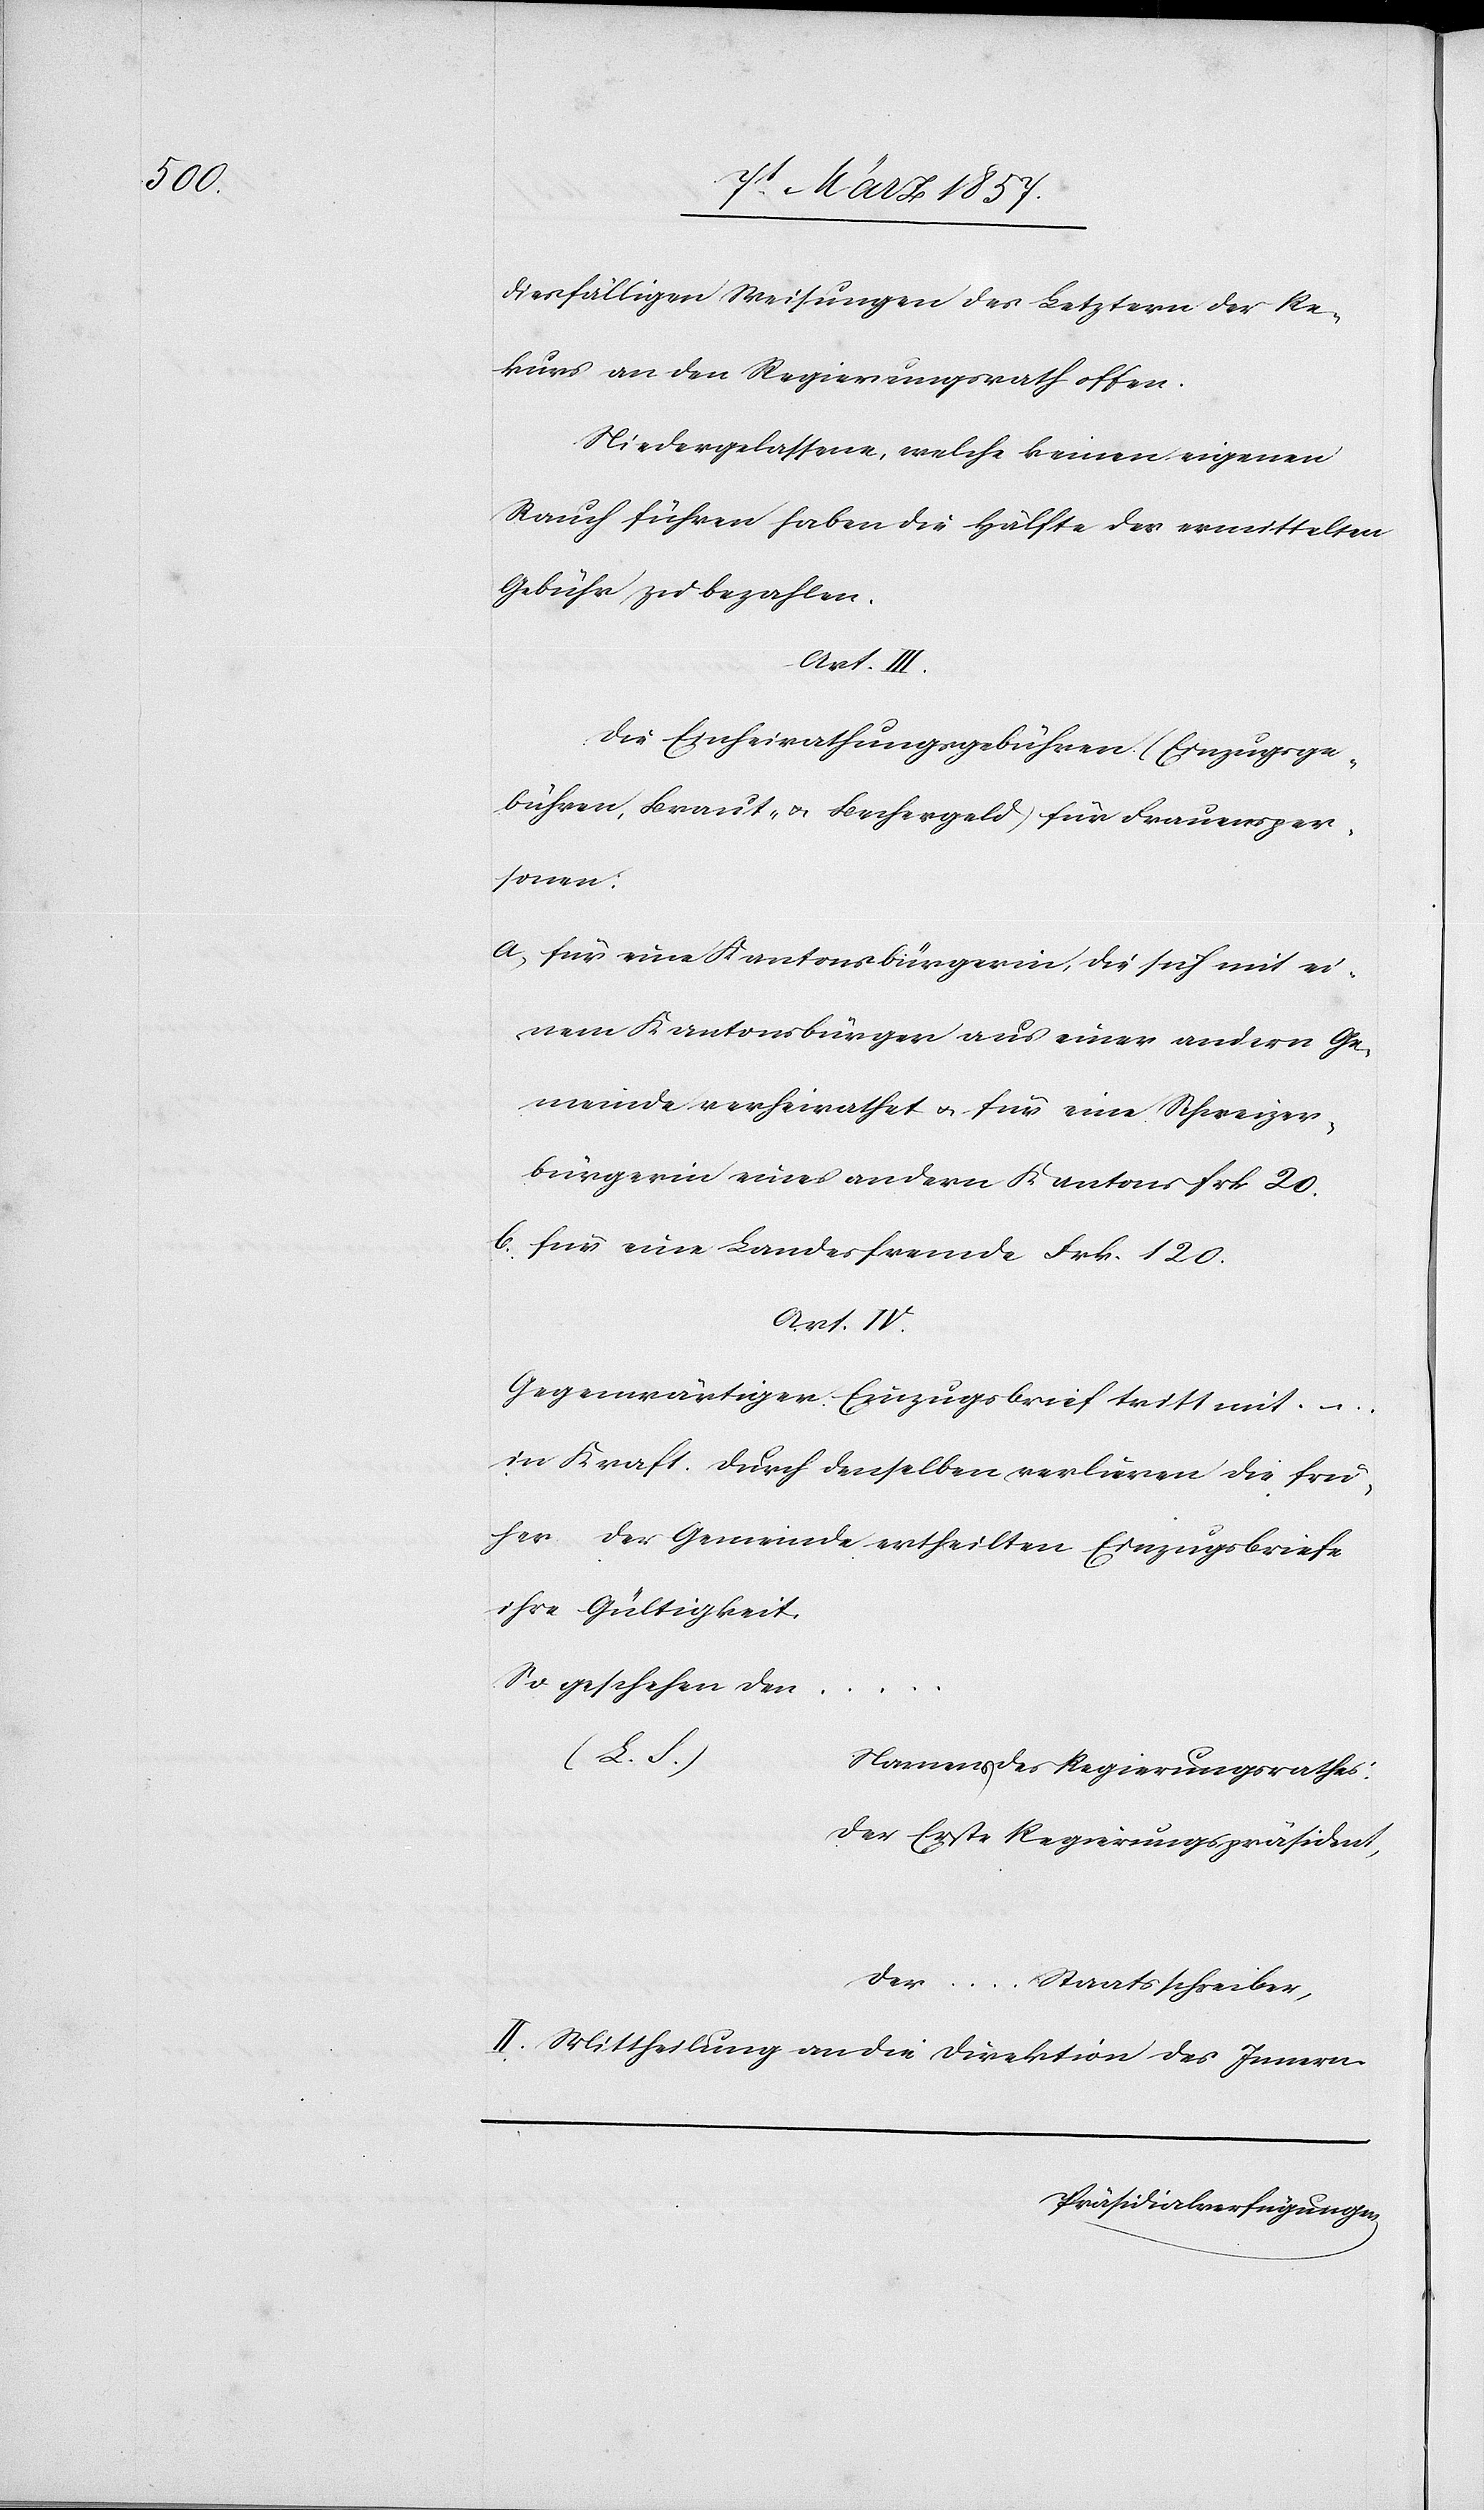
diesfälligen Weisungen des Letztern der Re¬
kurs an den Regierungsrath offen.
Niedergelassene, welche keinen eigenen
Rauch führen haben die Hälfte der ermittelten
Gebühr zu bezahlen.
Art. VI.
Die Einheirathungsgebühren (Einzugsge¬
bühren, Braut- u. Bechergeld) für Frauensper¬
sonen:
a. für eine Kantonsbürgerin, die sich mit ei¬
nem Kantonsbürger aus einer andern Ge¬
meinde verheirathet u. für eine Schweizer¬
bürgerin eines andern Kantons Frk. 20.
b. für eine Landesfremde Frk. 120.
Gegenwärtiger Einzugsbrief tritt mit …
in Kraft. Durch denselben verlieren die frü¬
her der Gemeinde ertheilten Einzugsbriefe
ihre Gültigkeit.
So geschehen den
…
des Regierungsrathes:
Der Erste Regierungspräsident,
Der … Staatsschreiber,
II. Mittheilung an die Direktion des Innern.